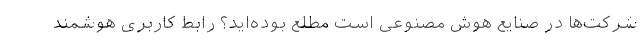
شرکت‌ها در صنایع هوش مصنوعی است مطلع بوده‌اید؟ رابط کاربری هوشمند